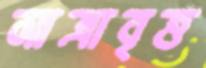
মাত্রাবৃত্ত